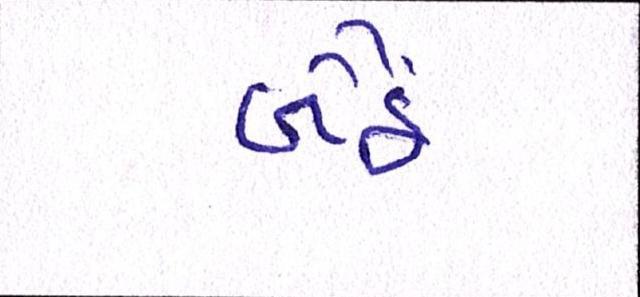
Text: બૈઠે